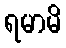
ရမာမိ